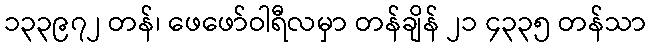
၁၃၃၉၇၂ တန်၊ ဖေဖော်ဝါရီလမှာ တန်ချိန် ၂၁ ၄၃၃၅ တန်သာ